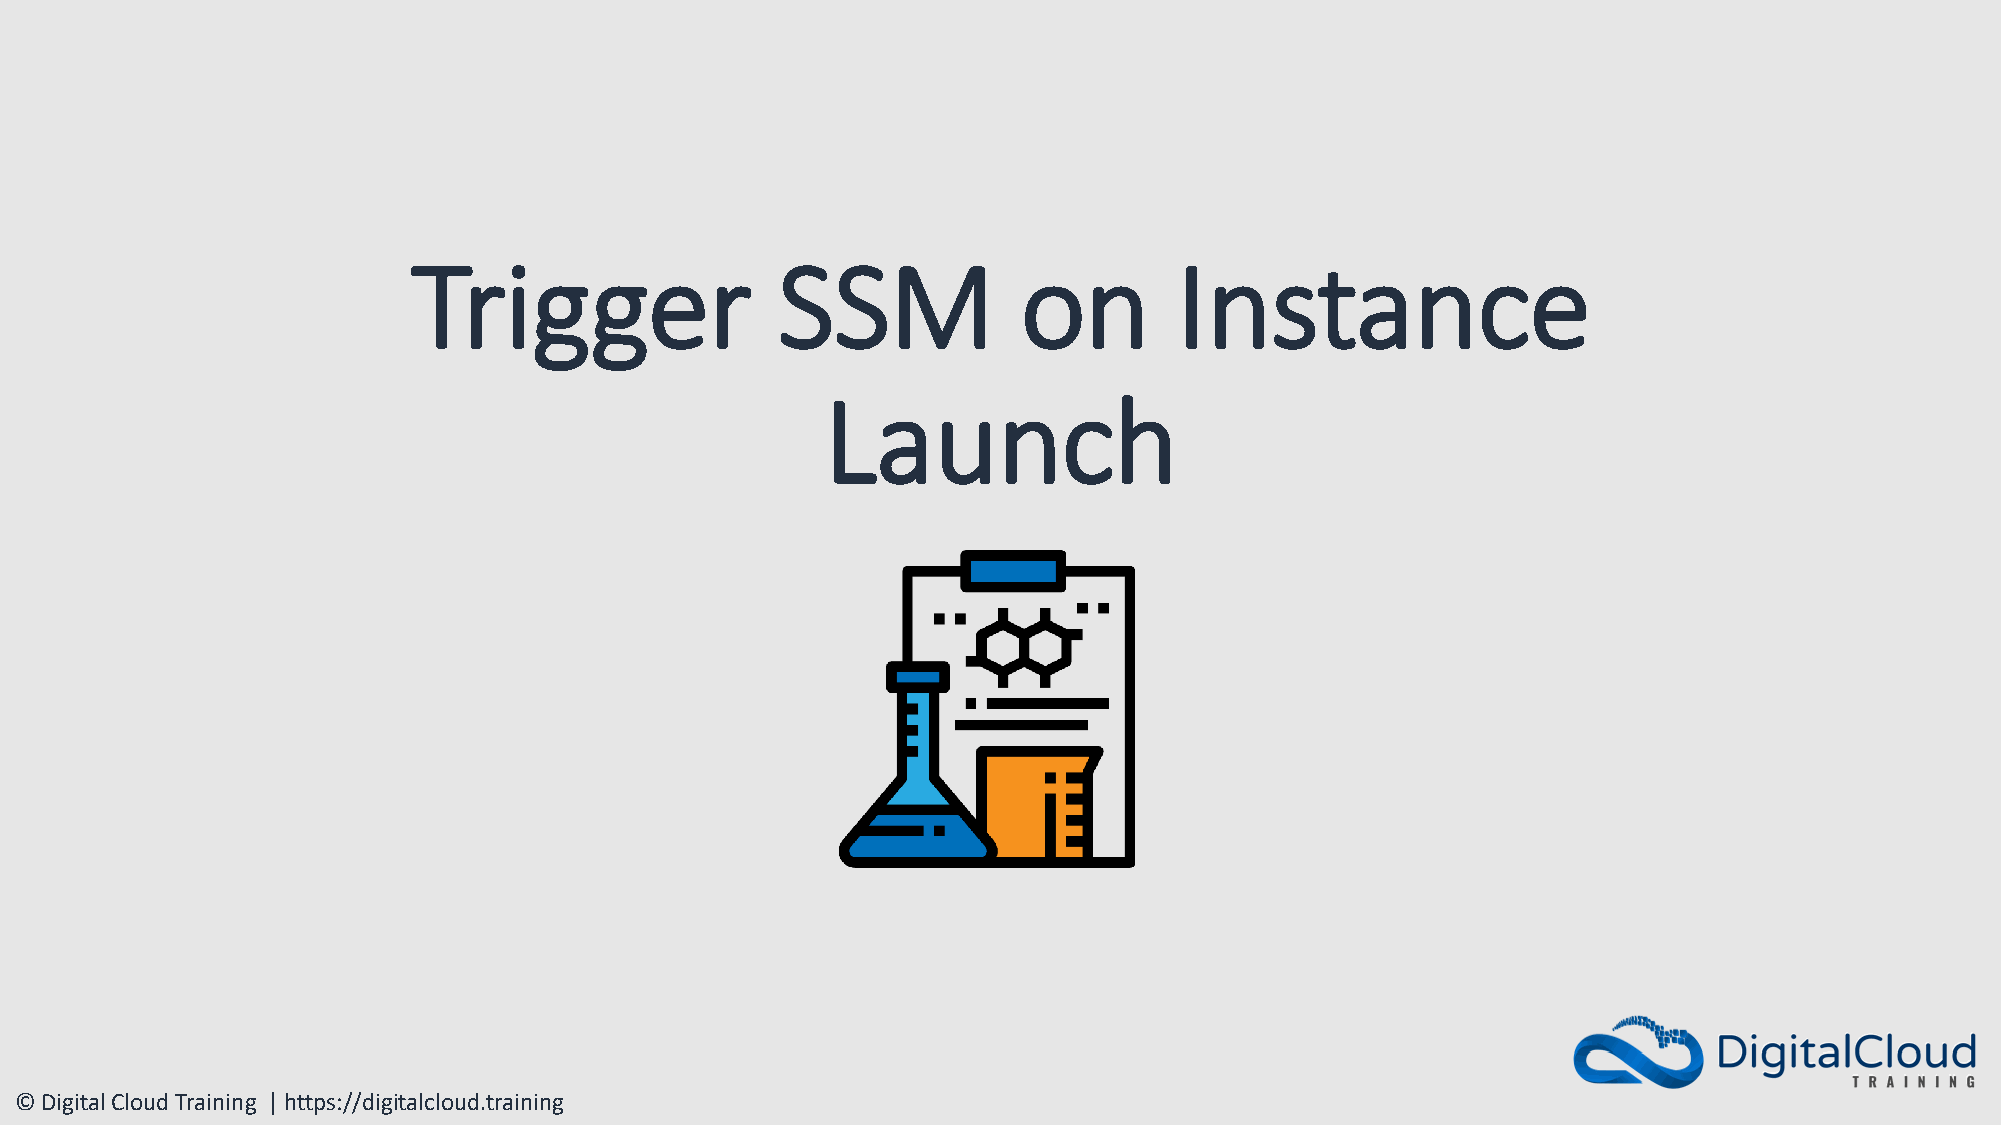
Trigger                 SSM              on        Instance
 Launch
 © Digital Cloud Training | https://digitalcloud.training